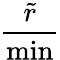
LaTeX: \frac{\tilde{r}}{\operatorname*{min}}